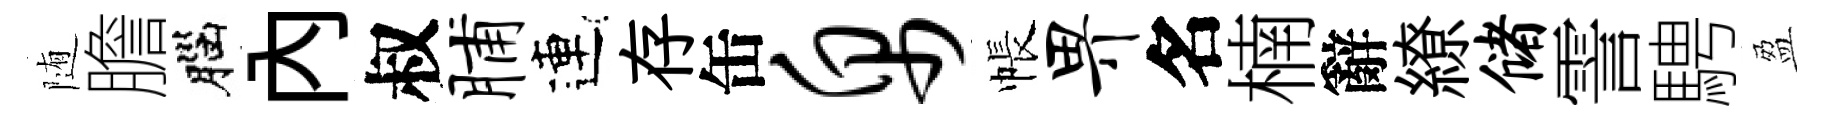
随膽腦内叔脯連存缶帛帳畀名楠辭繚储霅騁盈